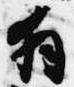
拝